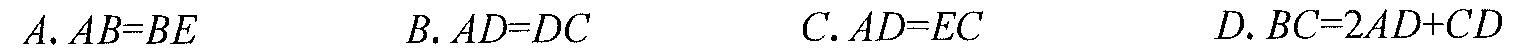
A. \(AB = BE\)  B. \(AD = DC\)  C. \(AD = EC\)  D. \(BC = 2AD+CD\)